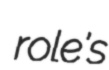
role's